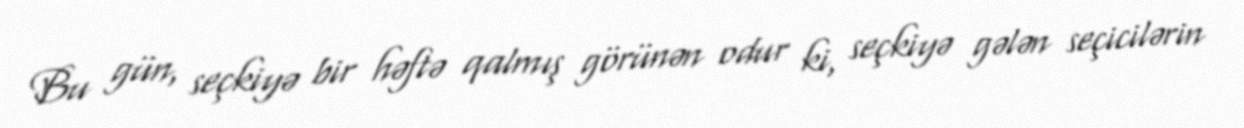
Bu gün, seçkiyə bir həftə qalmış görünən odur ki, seçkiyə gələn seçicilərin